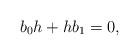
LaTeX: \begin{align*}b_0h+hb_1=0, \end{align*}